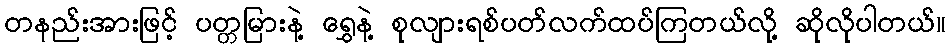
တနည်းအားဖြင့် ပတ္တမြားနဲ့ ရွှေနဲ့ စုလျားရစ်ပတ်လက်ထပ်ကြတယ်လို့ ဆိုလိုပါတယ်။